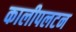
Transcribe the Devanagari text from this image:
कालीपलटन